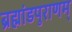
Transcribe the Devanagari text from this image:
ब्रह्मांडपुराणम्